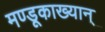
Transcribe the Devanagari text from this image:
मण्डूकाख्यान्